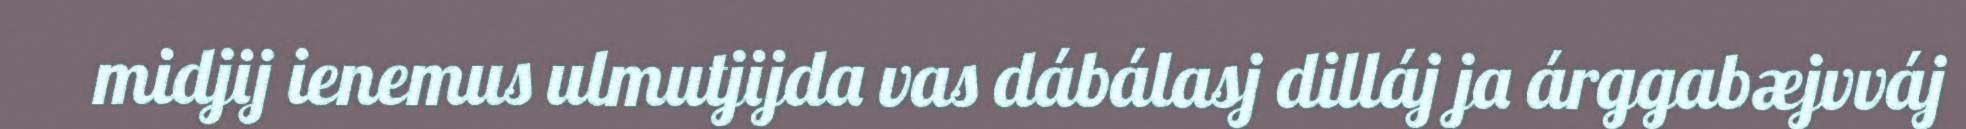
midjij ienemus ulmutjijda vas dábálasj dilláj ja árggabæjvváj